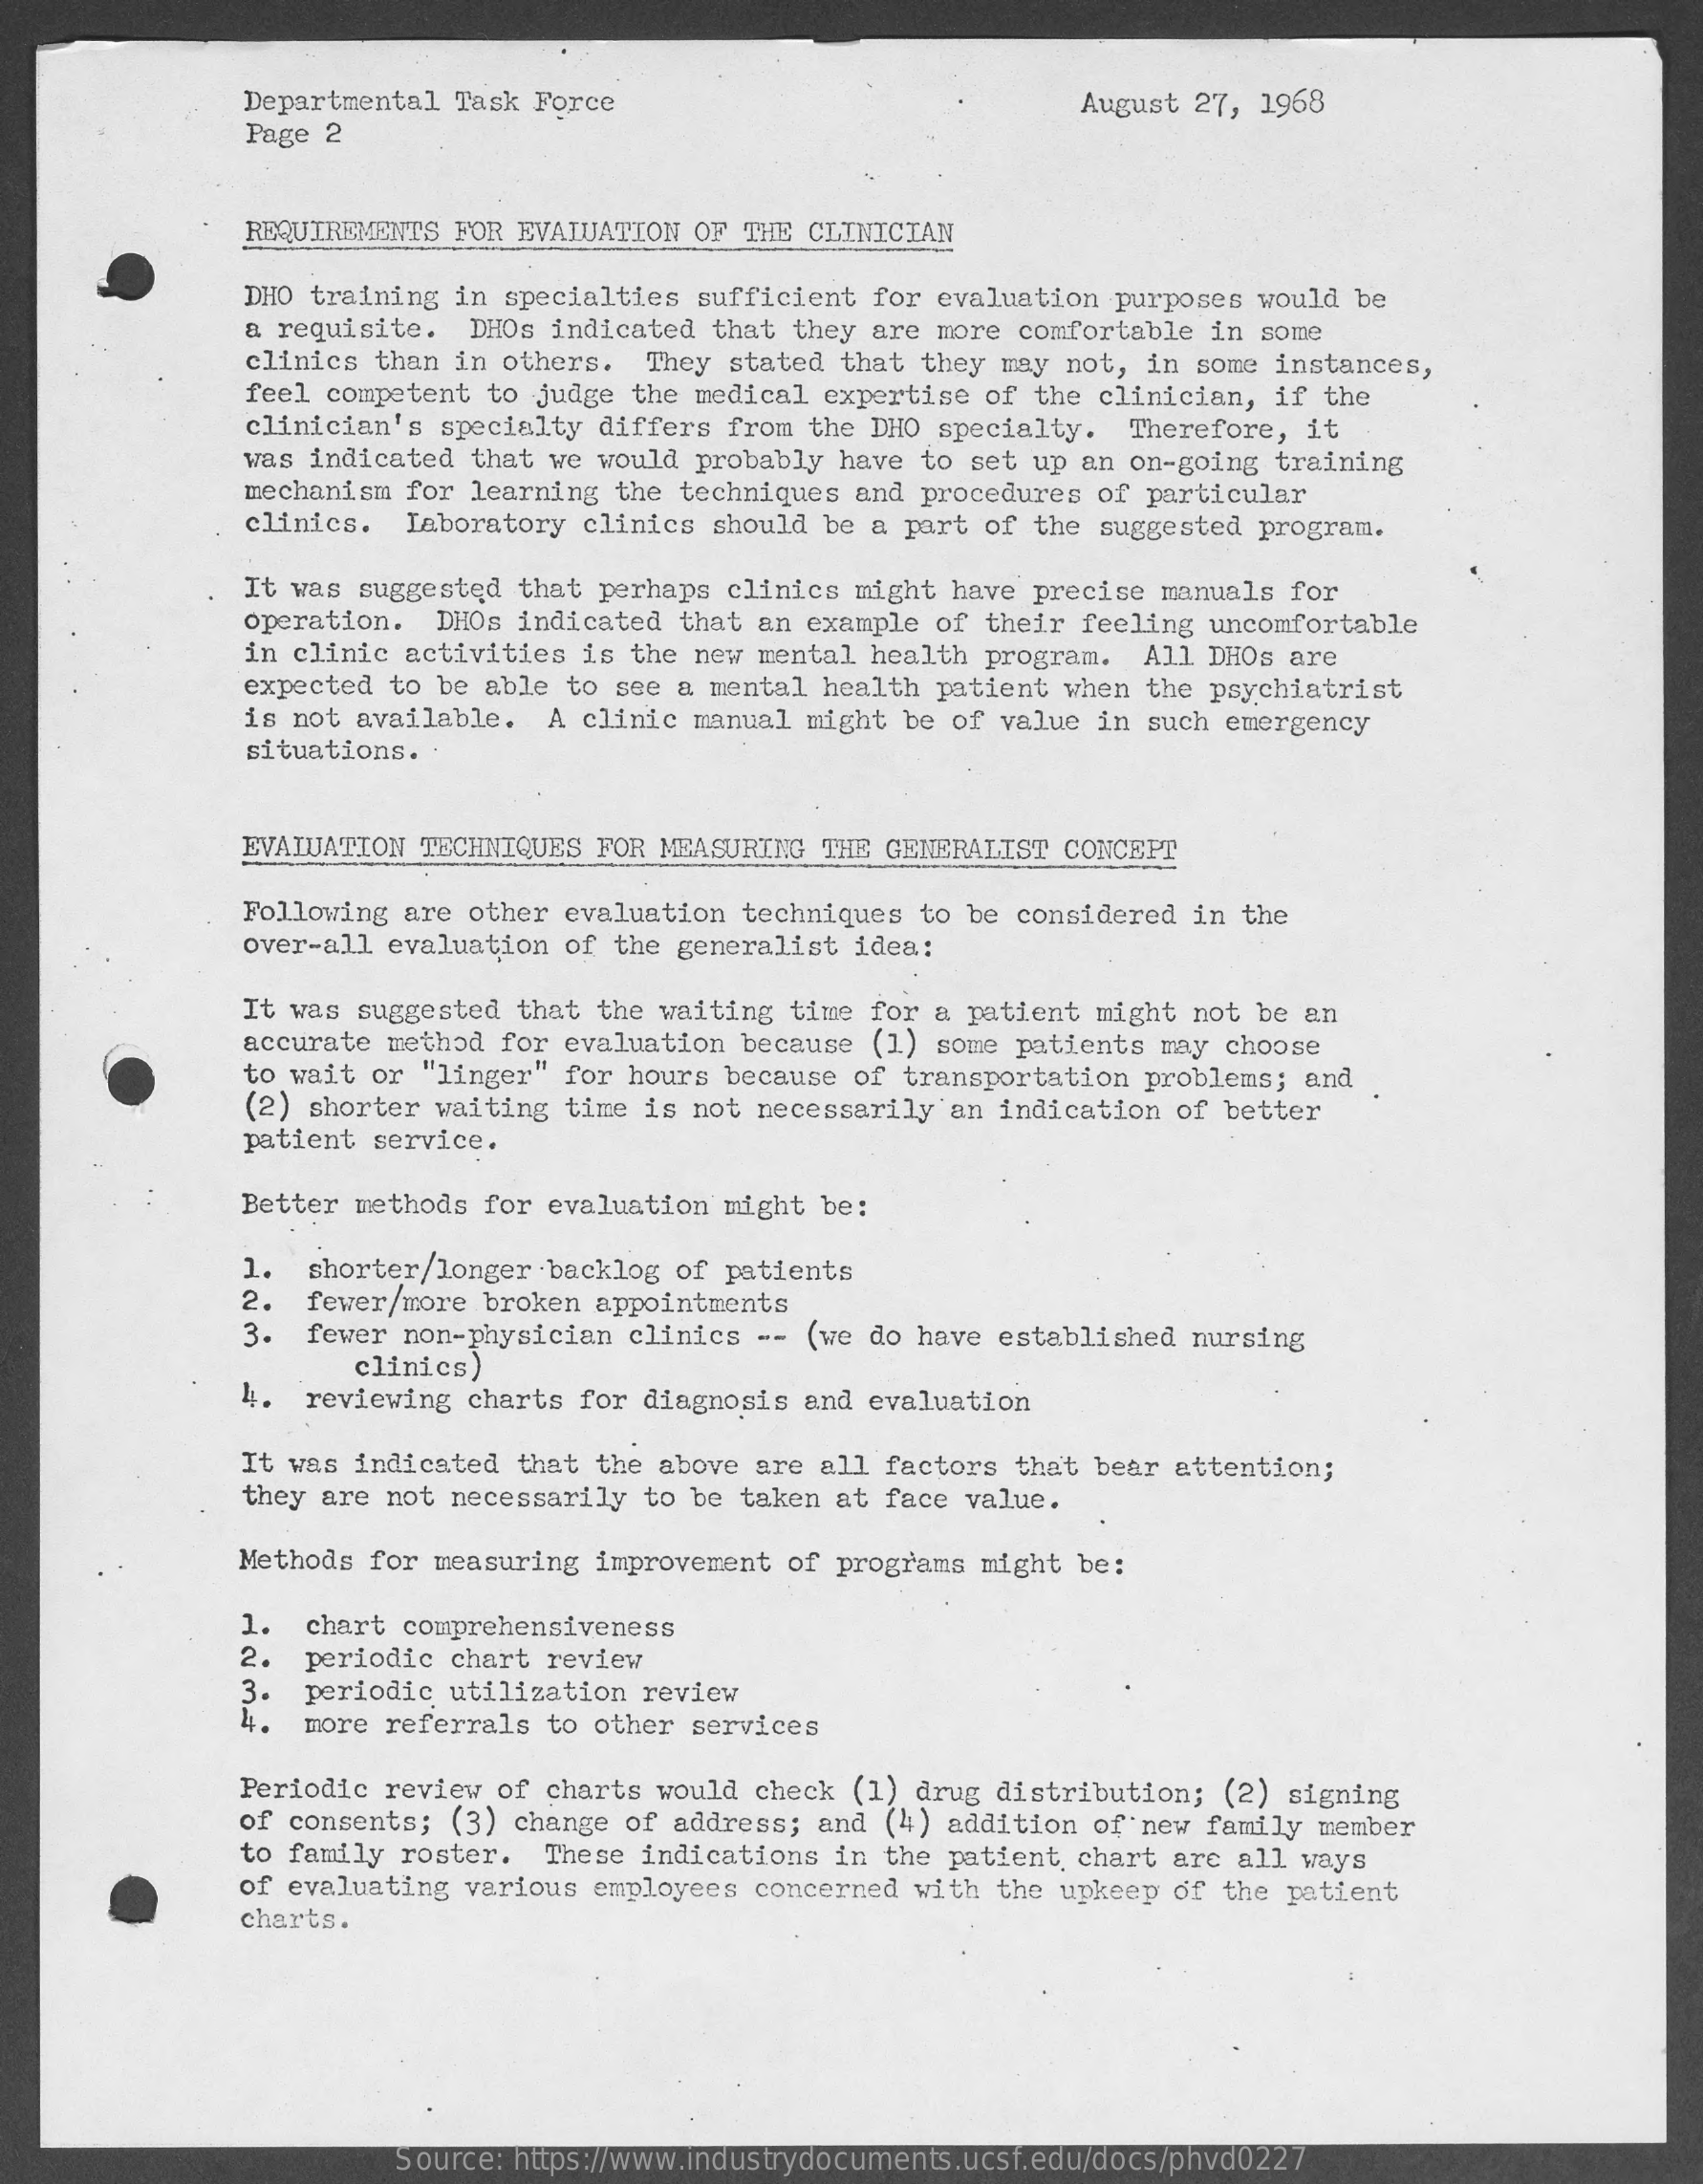
Departmental Task Force    August 27, 1968
     Page 2
     REQUIREMENTS FOR EVALUATION OF THE CLINICIAN
     DHO training in specialties sufficient for evaluation purposes would be
     a requisite. DHOs indicated that they are more comfortable in some
     clinics than in others. They stated that they may not, in some instances,
     feel competent to judge the medical expertise of the clinician, if the
     clinician's specialty differs from the DHO specialty. Therefore, it
     was indicated that we would probably have to set up an on-going training
     mechanism for learning the techniques and procedures of particular
     clinics. Laboratory clinics should be a part of the suggested program.
     It was suggested that perhaps clinics might have precise manuals for
     operation. DHOs indicated that an example of their feeling uncomfortable
     in clinic activities is the new mental health program. All DHOs are
     expected to be able to see a mental health patient when the psychiatrist
     is not available. A clinic manual might be of value in such emergency
     situations.
     EVALUATION TECHNIQUES FOR MEASURING THE GENERALIST CONCEPT
     Following are other evaluation techniques to be considered in the
     over-all evaluation of the generalist idea:
     It was suggested that the waiting time for a patient might not be an
     accurate method for evaluation because (1) some patients may choose
     to wait or "linger" for hours because of transportation problems; and
     (2) shorter waiting time is not necessarily an indication of better
     patient service.
     Better methods for evaluation might be:
     1.  shorter/longer backlog of patients
     2.
     3.
     fewer/more broken appointments
     fewer non-physician clinics -- (we do have established nursing
     clinics)
     4. reviewing charts for diagnosis and evaluation
     It was indicated that the above are all factors that bear attention;
     they are not necessarily to be taken at face value.
     Methods for measuring improvement of programs might be:
     1. chart comprehensiveness
     2.  periodic chart review
     3. periodic utilization review
     more referrals to other services
     Periodic review of charts would check (1) drug distribution; (2) signing
     of consents; (3) change of address; and (4) addition of new family member
     to family roster. These indications in the patient, chart are all ways
     of evaluating various employees concerned with the upkeep of the patient
     charts.
     Source: https://www.industrydocuments.ucsf.edu/docs/phvd0227